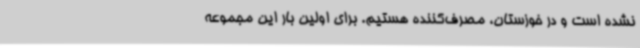
نشده است و در خوزستان، مصرف‌کننده هستیم. برای اولین بار این مجموعه